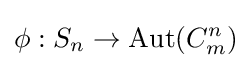
\phi :S_{n}\to {\text{Aut}}(C_{m}^{n})